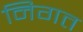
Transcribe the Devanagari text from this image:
निगत